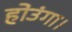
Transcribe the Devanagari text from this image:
होउंगा।